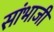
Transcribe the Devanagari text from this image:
सांभाजी